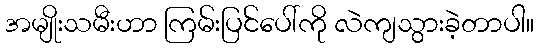
အမျိုးသမီးဟာ ကြမ်းပြင်ပေါ်ကို လဲကျသွားခဲ့တာပါ။